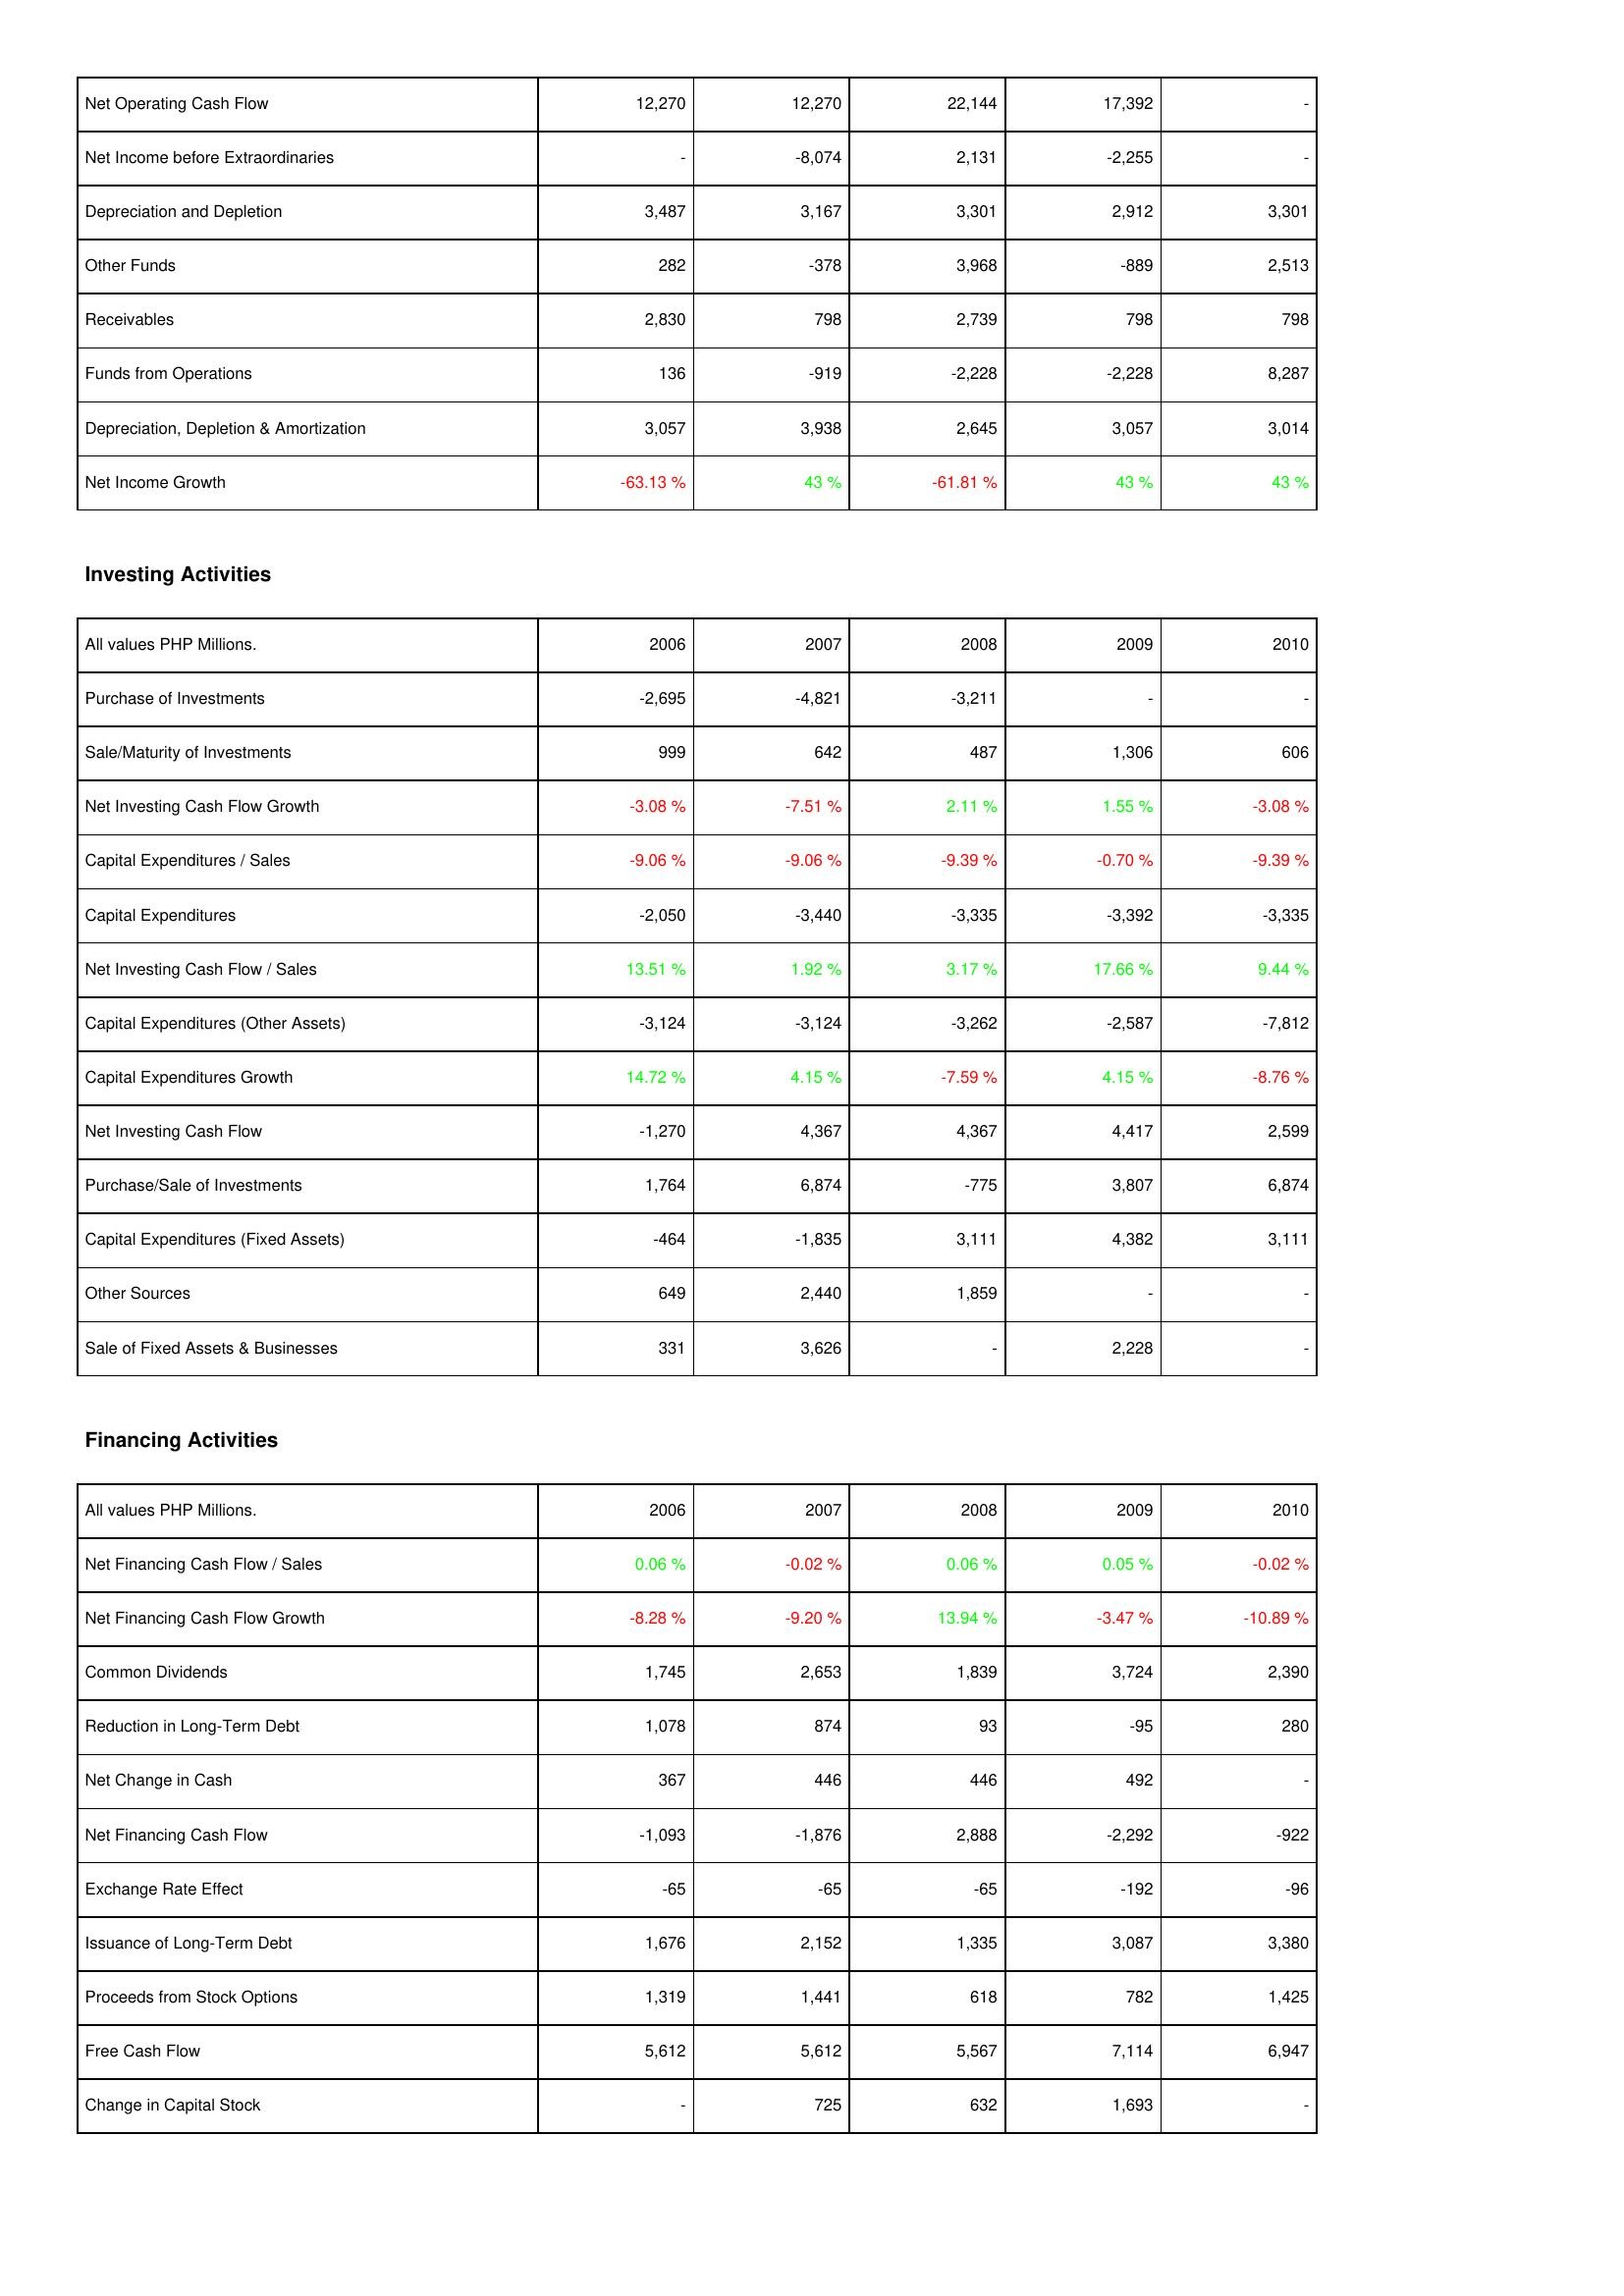
2006: Operating Activities: Net Operating Cash Flow: 12,270
Net Income before Extraordinaries: -
Depreciation and Depletion: 3,487
Other Funds: 282
Receivables: 2,830
Funds from Operations: 136
Depreciation, Depletion & Amortization: 3,057
Net Income Growth: -63.13 %
Investing Activities: Purchase of Investments: -2,695
Sale/Maturity of Investments: 999
Net Investing Cash Flow Growth: -3.08 %
Capital Expenditures / Sales: -9.06 %
Capital Expenditures: -2,050
Net Investing Cash Flow / Sales: 13.51 %
Capital Expenditures (Other Assets): -3,124
Capital Expenditures Growth: 14.72 %
Net Investing Cash Flow: -1,270
Purchase/Sale of Investments: 1,764
Capital Expenditures (Fixed Assets): -464
Other Sources: 649
Sale of Fixed Assets & Businesses: 331
Financing Activities: Net Financing Cash Flow / Sales: 0.06 %
Net Financing Cash Flow Growth: -8.28 %
Common Dividends: 1,745
Reduction in Long-Term Debt: 1,078
Net Change in Cash: 367
Net Financing Cash Flow: -1,093
Exchange Rate Effect: -65
Issuance of Long-Term Debt: 1,676
Proceeds from Stock Options: 1,319
Free Cash Flow: 5,612
Change in Capital Stock: -
2007: Operating Activities: Net Operating Cash Flow: 12,270
Net Income before Extraordinaries: -8,074
Depreciation and Depletion: 3,167
Other Funds: -378
Receivables: 798
Funds from Operations: -919
Depreciation, Depletion & Amortization: 3,938
Net Income Growth: 43 %
Investing Activities: Purchase of Investments: -4,821
Sale/Maturity of Investments: 642
Net Investing Cash Flow Growth: -7.51 %
Capital Expenditures / Sales: -9.06 %
Capital Expenditures: -3,440
Net Investing Cash Flow / Sales: 1.92 %
Capital Expenditures (Other Assets): -3,124
Capital Expenditures Growth: 4.15 %
Net Investing Cash Flow: 4,367
Purchase/Sale of Investments: 6,874
Capital Expenditures (Fixed Assets): -1,835
Other Sources: 2,440
Sale of Fixed Assets & Businesses: 3,626
Financing Activities: Net Financing Cash Flow / Sales: -0.02 %
Net Financing Cash Flow Growth: -9.20 %
Common Dividends: 2,653
Reduction in Long-Term Debt: 874
Net Change in Cash: 446
Net Financing Cash Flow: -1,876
Exchange Rate Effect: -65
Issuance of Long-Term Debt: 2,152
Proceeds from Stock Options: 1,441
Free Cash Flow: 5,612
Change in Capital Stock: 725
2008: Operating Activities: Net Operating Cash Flow: 22,144
Net Income before Extraordinaries: 2,131
Depreciation and Depletion: 3,301
Other Funds: 3,968
Receivables: 2,739
Funds from Operations: -2,228
Depreciation, Depletion & Amortization: 2,645
Net Income Growth: -61.81 %
Investing Activities: Purchase of Investments: -3,211
Sale/Maturity of Investments: 487
Net Investing Cash Flow Growth: 2.11 %
Capital Expenditures / Sales: -9.39 %
Capital Expenditures: -3,335
Net Investing Cash Flow / Sales: 3.17 %
Capital Expenditures (Other Assets): -3,262
Capital Expenditures Growth: -7.59 %
Net Investing Cash Flow: 4,367
Purchase/Sale of Investments: -775
Capital Expenditures (Fixed Assets): 3,111
Other Sources: 1,859
Sale of Fixed Assets & Businesses: -
Financing Activities: Net Financing Cash Flow / Sales: 0.06 %
Net Financing Cash Flow Growth: 13.94 %
Common Dividends: 1,839
Reduction in Long-Term Debt: 93
Net Change in Cash: 446
Net Financing Cash Flow: 2,888
Exchange Rate Effect: -65
Issuance of Long-Term Debt: 1,335
Proceeds from Stock Options: 618
Free Cash Flow: 5,567
Change in Capital Stock: 632
2009: Operating Activities: Net Operating Cash Flow: 17,392
Net Income before Extraordinaries: -2,255
Depreciation and Depletion: 2,912
Other Funds: -889
Receivables: 798
Funds from Operations: -2,228
Depreciation, Depletion & Amortization: 3,057
Net Income Growth: 43 %
Investing Activities: Purchase of Investments: -
Sale/Maturity of Investments: 1,306
Net Investing Cash Flow Growth: 1.55 %
Capital Expenditures / Sales: -0.70 %
Capital Expenditures: -3,392
Net Investing Cash Flow / Sales: 17.66 %
Capital Expenditures (Other Assets): -2,587
Capital Expenditures Growth: 4.15 %
Net Investing Cash Flow: 4,417
Purchase/Sale of Investments: 3,807
Capital Expenditures (Fixed Assets): 4,382
Other Sources: -
Sale of Fixed Assets & Businesses: 2,228
Financing Activities: Net Financing Cash Flow / Sales: 0.05 %
Net Financing Cash Flow Growth: -3.47 %
Common Dividends: 3,724
Reduction in Long-Term Debt: -95
Net Change in Cash: 492
Net Financing Cash Flow: -2,292
Exchange Rate Effect: -192
Issuance of Long-Term Debt: 3,087
Proceeds from Stock Options: 782
Free Cash Flow: 7,114
Change in Capital Stock: 1,693
2010: Operating Activities: Net Operating Cash Flow: -
Net Income before Extraordinaries: -
Depreciation and Depletion: 3,301
Other Funds: 2,513
Receivables: 798
Funds from Operations: 8,287
Depreciation, Depletion & Amortization: 3,014
Net Income Growth: 43 %
Investing Activities: Purchase of Investments: -
Sale/Maturity of Investments: 606
Net Investing Cash Flow Growth: -3.08 %
Capital Expenditures / Sales: -9.39 %
Capital Expenditures: -3,335
Net Investing Cash Flow / Sales: 9.44 %
Capital Expenditures (Other Assets): -7,812
Capital Expenditures Growth: -8.76 %
Net Investing Cash Flow: 2,599
Purchase/Sale of Investments: 6,874
Capital Expenditures (Fixed Assets): 3,111
Other Sources: -
Sale of Fixed Assets & Businesses: -
Financing Activities: Net Financing Cash Flow / Sales: -0.02 %
Net Financing Cash Flow Growth: -10.89 %
Common Dividends: 2,390
Reduction in Long-Term Debt: 280
Net Change in Cash: -
Net Financing Cash Flow: -922
Exchange Rate Effect: -96
Issuance of Long-Term Debt: 3,380
Proceeds from Stock Options: 1,425
Free Cash Flow: 6,947
Change in Capital Stock: -